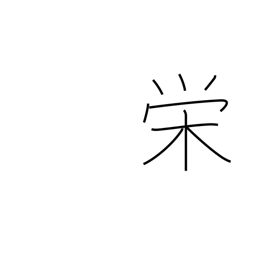
Meaning: glory